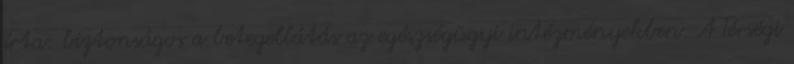
írta: biztonságos a betegellátás az egészségügyi intézményekben. A Térségi